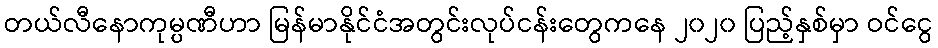
တယ်လီနောကုမ္ပဏီဟာ မြန်မာနိုင်ငံအတွင်းလုပ်ငန်းတွေကနေ ၂၀၂၀ ပြည့်နှစ်မှာ ဝင်ငွေ